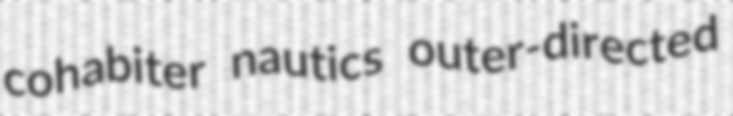
cohabiter nautics outer-directed